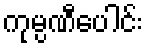
ကုမ္ပဏီပေါင်း